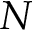
N